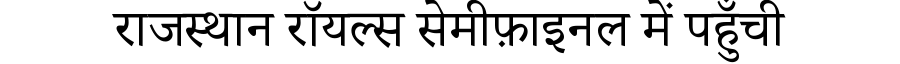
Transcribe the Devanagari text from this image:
राजस्थान रॉयल्स सेमीफ़ाइनल में पहुँची